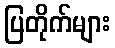
ပြတိုက်များ